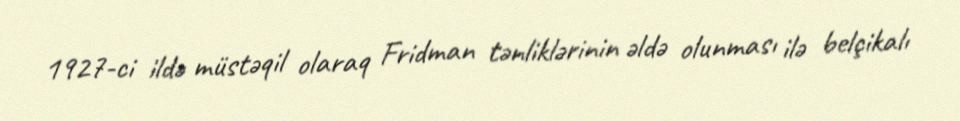
1927-ci ildə müstəqil olaraq Fridman tənliklərinin əldə olunması ilə belçikalı